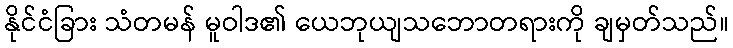
နိုင်ငံခြား သံတမန် မူဝါဒ၏ ယေဘုယျသဘောတရားကို ချမှတ်သည်။